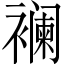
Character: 襕